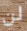
لن